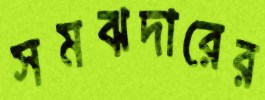
সমঝদারের